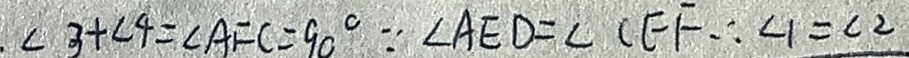
\angle 3 + \angle 4 = \angle A F C = 9 0 ^ { \circ } \therefore \angle A E D = \angle C E F \cdot \angle 4 = \angle 2